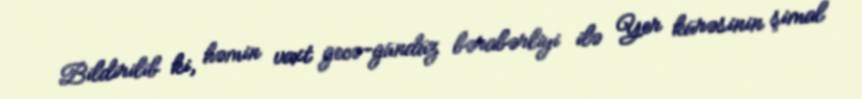
Bildirilib ki, həmin vaxt gecə-gündüz bərabərliyi ilə Yer kürəsinin şimal